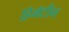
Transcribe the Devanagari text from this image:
हिमॅटीन